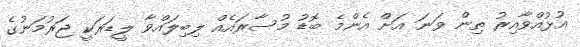
އުޅުއްވާއިރު ތިން ވަނަ އަށް އެންމެ ބޮޑު މުސާރައެއް ލިބިލައްވާ ލީޑަރަކީ ޖަރުމަނުގެ